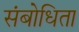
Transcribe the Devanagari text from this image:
संबोधिता